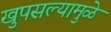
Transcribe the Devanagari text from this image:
खुपसल्यामुळे